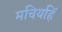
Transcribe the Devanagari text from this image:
मचियहिं